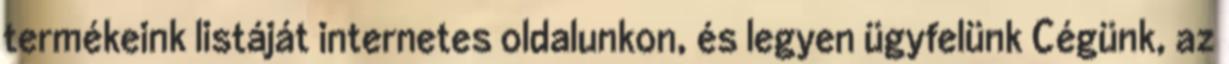
termékeink listáját internetes oldalunkon, és legyen ügyfelünk Cégünk, az